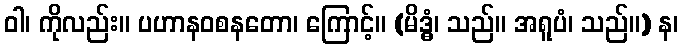
ဝါ၊ ကိုလည်း။ ပဟာနဝစနတော၊ ကြောင့်။ (မိဒ္ဓံ၊ သည်။ အရူပံ၊ သည်။) န၊